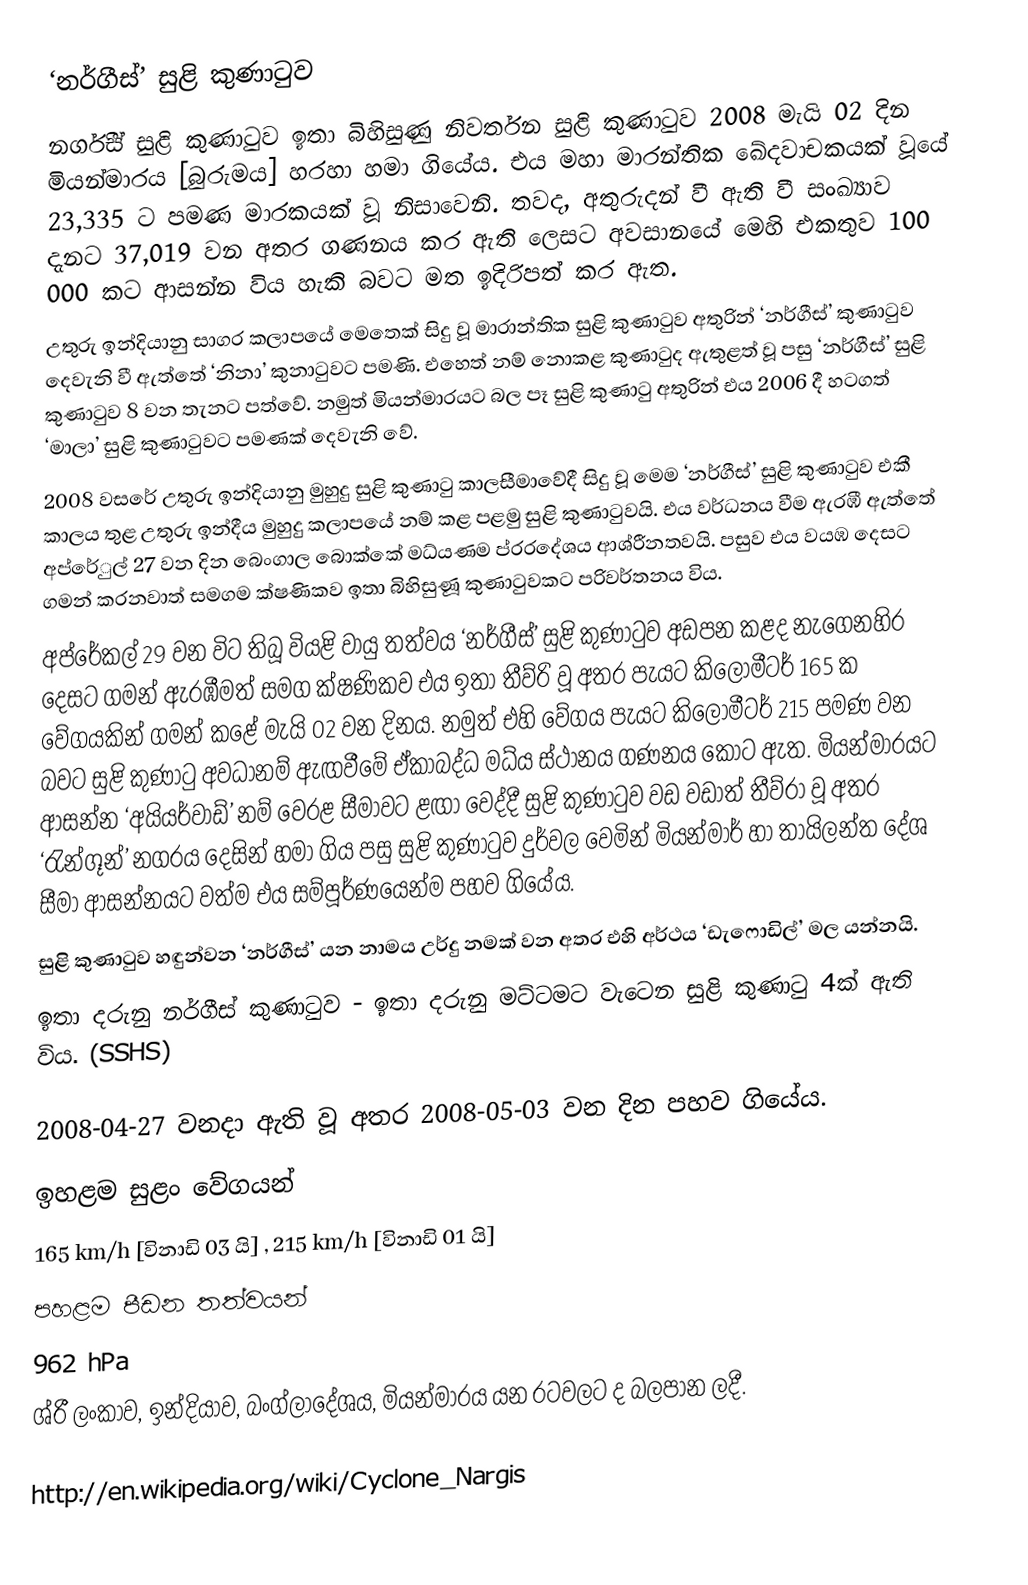
‘නර්ගීස්’ සුළි කුණාටුව
නර්ගීස් සුළි කුණාටුව ඉතා බිහිසුණු නිවර්තන සුළි කුණාටුව 2008 මැයි 02 දින මියන්මාරය [බුරුමය] හරහා හමා ගියේය. එය මහා මාරන්තික ඛේදවාචකයක් වූයේ 23,335 ට පමණ මාරකයක් වූ නිසාවෙනි. තවද, අතුරුදන් වී ඇති වී සංඛ්‍යාව දැනට 37,019 වන අතර ගණනය කර ඇති ලෙස‍ට අවසානයේ මෙහි එකතුව 100 000 කට ආසන්න විය හැකි බවට මත ඉදිරිපත් කර ඇත.
උතුරු ඉන්දියානු සාගර කලාපයේ මෙතෙක් සිදු වූ මාරාන්තික  සුළි කුණාටුව අතුරින් ‘නර්ගීස්’ කුණාටුව දෙවැනි වී ඇත්තේ ‘නිනා’ කුනාටුවට පමණි. එහෙත් නම් නොකළ කුණාටුද ඇතුළත් වූ පසු ‘නර්ගීස්’ සුළි කුණාටුව 8 වන තැනට පත්වේ. නමුත් මියන්මාරයට බල පෑ සුළි කුණාටු අතුරින් එය 2006 දී හටගත් ‘මාලා’ සුළි කුණාටුවට පමණක් දෙවැනි වේ.
2008 වසරේ උතුරු ඉන්දියානු මුහුදු සුළි කුණාටු කාලසීමාවේදී සිදු වූ මෙම ‘නර්ගීස්’ සුළි කුණාටුව එකී කාලය තුළ උතුරු ඉන්දීය මුහුදු කලාපයේ නම් කළ පළමු සුළි කුණාටුවයි. එය වර්ධනය වීම ඇරඹී ඇත්තේ අප්රේුල් 27 වන දින බෙංගාල බොක්කේ මධ්යණම ප්රරදේශය ආශ්රීනතවයි. පසුව එය වයඹ දෙසට ගමන් කරනවාත් සමගම ක්ෂණිකව ඉතා බිහිසුණූ කුණාටුවකට පරිවර්තනය විය.
අප්රේකල් 29 වන විට තිබූ වියළි වායු තත්වය ‘නර්ගීස්’ සුළි කුණාටුව අඩපන කළද නැගෙනහිර දෙසට ගමන් ඇරඹීමත් සමග ක්ෂණිකව එය ඉතා තීව්රි වූ අතර පැයට කිලෝමීටර් 165 ක වේගයකින් ගමන් කළේ මැයි 02 වන දිනය. නමුත් එහි වේගය පැයට කිලෝමීටර් 215  පමණ වන බවට සුළි කුණාටු අවධානම් ඇඟවීමේ ඒකාබද්ධ මධ්ය ස්ථ‍ානය ගණනය කොට ඇත. මියන්මාරයට ආසන්න ‘අයියර්වාඩ්’ නම් වෙරළ සීමාවට ළඟා වෙද්දී සුළි කුණාටුව වඩ වඩාත් තීව්රා වූ අතර ‘රැන්ගූන්’ නගරය දෙසින් හමා ගිය පසු සුළි කුණාටුව දුර්වල වෙමින් මියන්මාර් හා තායිලන්ත දේශ සීමා  ආසන්නයට වත්ම එය සම්පූර්ණයෙන්ම පහව ගියේය.
සුළි කුණාටුව හඳුන්වන ‘නර්ගීස්’ යන නාමය  උර්දු නමක් වන අතර එහි අර්ථය ‘ඩැෆොඩිල්’ මල  යන්නයි.
ඉතා දරුනු නර්ගීස් කුණාටුව - ඉතා දරුනු මට්ටමට වැටෙන සුළි කුණාටු 4ක් ඇති විය. (SSHS)

2008-04-27 වනදා ඇති වූ අතර 2008-05-03 වන දින පහව ගියේය.
ඉහළම සුළං වේගයන්
165 km/h [විනාඩි 03 යි] , 215 km/h [විනාඩි 01 යි]
පහළම පීඩන තත්වයන්
962 hPa
ශ්රී  ලංකාව, ඉන්දියාව, බංග්ලාදේශය, මියන්මාරය යන රටවලට ද බලපාන ලදී.

http://en.wikipedia.org/wiki/Cyclone_Nargis